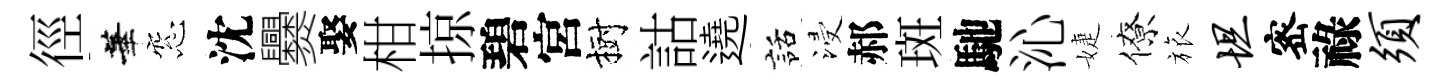
徑華窓沈爨娶柑掠碧宮樹詁遶話浸郝斑馳沁婕僚旅坦宻祿须